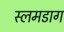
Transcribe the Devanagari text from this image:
स्लमडाग